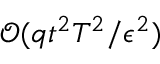
\mathcal { O } ( q t ^ { 2 } T ^ { 2 } / \epsilon ^ { 2 } )